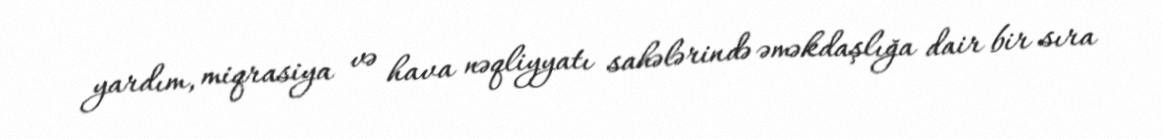
yardım, miqrasiya və hava nəqliyyatı sahələrində əməkdaşlığa dair bir sıra